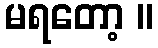
မရတော့ ။